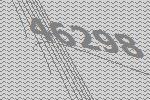
46298